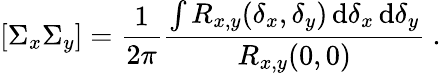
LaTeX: [\Sigma_{x}\Sigma_{y}]=\frac{1}{{2\pi}}\frac{{\int{R_{x,y}(\delta_{x},\delta_{y})\, \mathrm{d}\delta_{x}\, \mathrm{d}\delta_{y}}}}{{R_{x,y}(0,0)}}~.